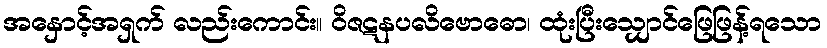
အနှောင့်အရှက် လည်းကောင်း။ ဝိဇဋနပလိဗောဓော၊ ထုံးပြီးသျှောင်ဖြေဖြန့်ရသော